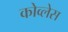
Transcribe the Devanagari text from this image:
कोव्लेस